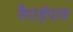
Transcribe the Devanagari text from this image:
रँगाईपात्र